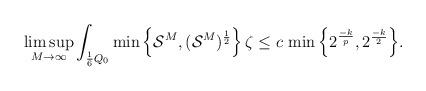
LaTeX: \begin{align*}\limsup_{M\rightarrow \infty} \int_{ \frac{1}{6}Q_0 }\min\left\lbrace\mathcal{S}^M ,( \mathcal{S}^M)^{\frac{1}{2}}\right\rbrace \zeta \leq c\,\min \Big\{2^{\frac{-k}{p}},2^{\frac{-k}{2}}\Big \}.\end{align*}